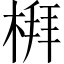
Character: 𪲻